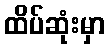
ထိပ်ဆုံးမှာ